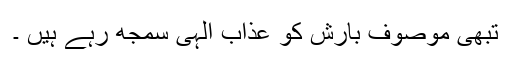
تبھی موصوف بارش کو عذاب الٰہی سمجھ رہے ہیں ۔